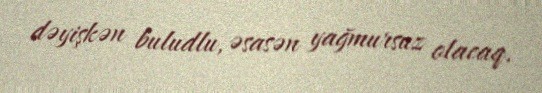
dəyişkən buludlu, əsasən yağmursuz olacaq.